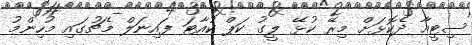
ސިޓީއާ ދެކޮޅަށް މިރޭ ކުޅޭ ލީގު ކަޕް ކުއާޓަ ފައިނަލް މެޗުގައި މުހިންމު